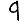
Digit: 9